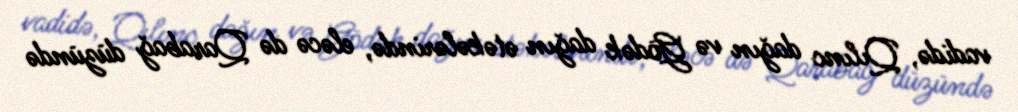
vadidə, Qılınc dağın və Gödək dağın ətəkələrində, eləcə də Qarabağ düzündə